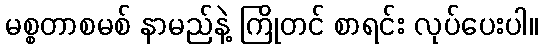
မစ္စတာစမစ် နာမည်နဲ့ ကြိုတင် စာရင်း လုပ်ပေးပါ။